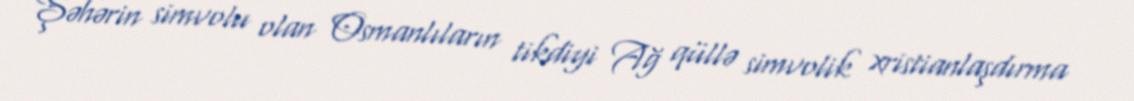
Şəhərin simvolu olan Osmanlıların tikdiyi Ağ qüllə simvolik xristianlaşdırma